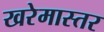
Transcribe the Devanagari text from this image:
खरेमास्तर